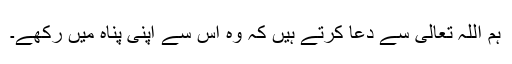
ہم اللہ تعالی سے دعا کرتے ہیں کہ وہ اس سے اپنی پناہ میں رکھے۔